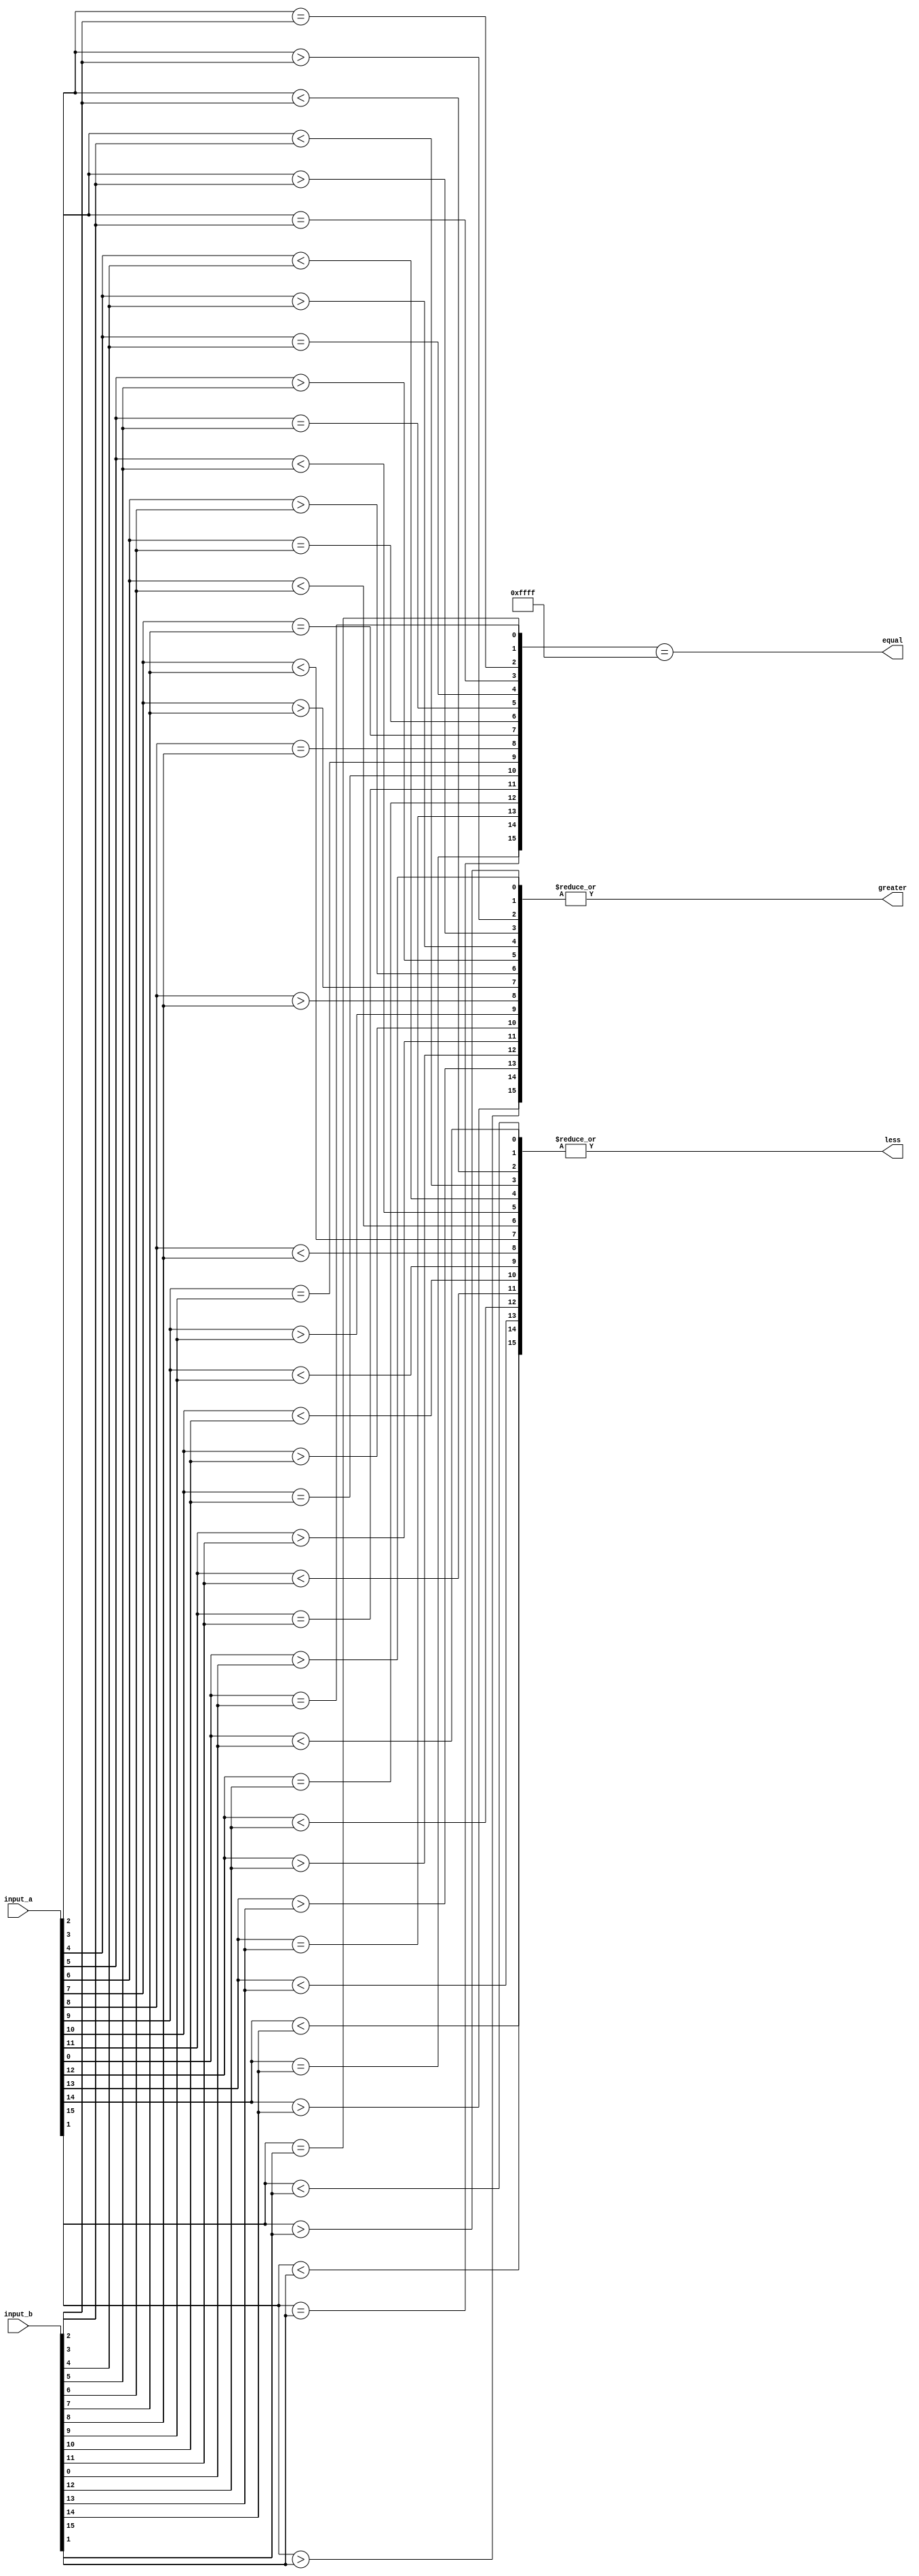
module comparator(
    input [15:0] input_a,
    input [15:0] input_b,
    output equal,
    output greater,
    output less
);

reg [15:0] equal_bits;
reg [15:0] greater_bits;
reg [15:0] less_bits;

assign equal = (equal_bits == 16'b1111_1111_1111_1111);
assign greater = |greater_bits;
assign less = |less_bits;

genvar i;
generate
    for (i = 0; i < 16; i = i + 1) begin : compare
        assign equal_bits[i] = (input_a[i] == input_b[i]);
        assign greater_bits[i] = (input_a[i] > input_b[i]);
        assign less_bits[i] = (input_a[i] < input_b[i]);
    end
endgenerate

endmodule